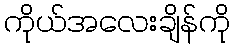
ကိုယ်အလေးချိန်ကို